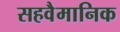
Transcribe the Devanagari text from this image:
सहवैमानिक